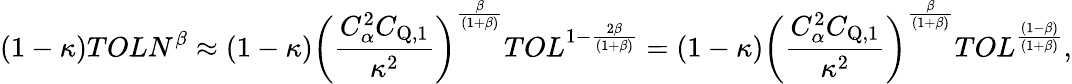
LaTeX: (1-\kappa)TOLN^{\beta}\approx(1-\kappa)\left(\frac{C_{\alpha}^{2}C_{\mathrm{{Q},1}}}{\kappa^{2}}\right)^{\frac{\beta}{(1+\beta)}}TOL^{1-\frac{2\beta}{(1+\beta)}}=(1-\kappa)\left(\frac{C_{\alpha}^{2}C_{\mathrm{Q},1}}{\kappa^{2}}\right)^{\frac{\beta}{(1+\beta)}}TOL^{\frac{(1-\beta)}{(1+\beta)}},